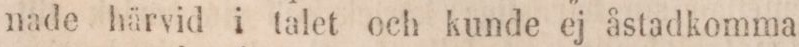
nade härvid i talet och kunde ej åstadkomma